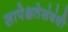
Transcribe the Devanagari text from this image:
सापेक्षतेसंबंधी